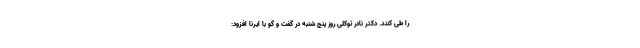
را طی کنند. دکتر نادر توکلی روز پنج شنبه در گفت و گو با ایرنا افزود: